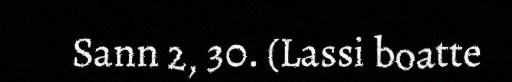
Sann 2, 30. (Lassi boatte